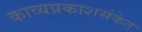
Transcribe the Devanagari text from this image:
काव्यप्रकाशसंकेत